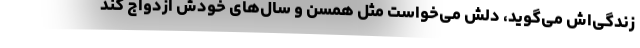
زندگی‌اش می‌گوید، دلش می‌خواست مثل همسن و سال‌های خودش ازدواج کند